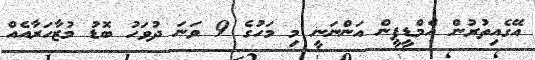
އޭގެއިތުރުން އެމްޑީޕީން އަންނަނީ މި މަހުގެ 9 ވަނަ ދުވަހު ބޮޑު މުޒާހަރާއެއް